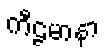
ကီဠမာနာ